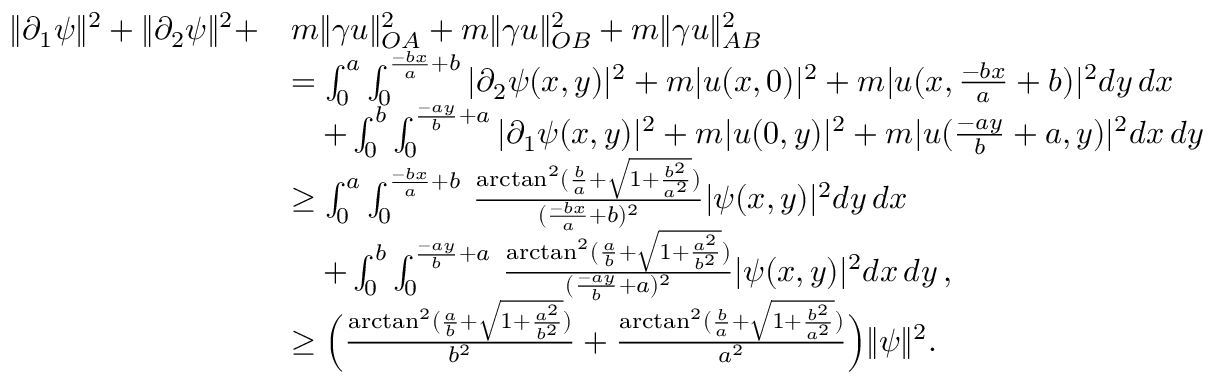
\begin{array} { r l } { \| \partial _ { 1 } \psi \| ^ { 2 } + \| \partial _ { 2 } \psi \| ^ { 2 } + } & { m \| \gamma u \| _ { O A } ^ { 2 } + m \| \gamma u \| _ { O B } ^ { 2 } + m \| \gamma u \| _ { A B } ^ { 2 } } \\ & { = \int _ { 0 } ^ { a } \int _ { 0 } ^ { \frac { - b x } { a } + b } | \partial _ { 2 } \psi ( x , y ) | ^ { 2 } + m | u ( x , 0 ) | ^ { 2 } + m | u ( x , \frac { - b x } { a } + b ) | ^ { 2 } d y \, d x } \\ & { \quad + \int _ { 0 } ^ { b } \int _ { 0 } ^ { \frac { - a y } { b } + a } | \partial _ { 1 } \psi ( x , y ) | ^ { 2 } + m | u ( 0 , y ) | ^ { 2 } + m | u ( \frac { - a y } { b } + a , y ) | ^ { 2 } d x \, d y } \\ & { \geq \int _ { 0 } ^ { a } \int _ { 0 } ^ { \frac { - b x } { a } + b } \, \frac { \arctan ^ { 2 } ( \frac { b } { a } + \sqrt { 1 + \frac { b ^ { 2 } } { a ^ { 2 } } } ) } { ( \frac { - b x } { a } + b ) ^ { 2 } } | \psi ( x , y ) | ^ { 2 } d y \, d x } \\ & { \quad + \int _ { 0 } ^ { b } \int _ { 0 } ^ { \frac { - a y } { b } + a } \, \frac { \arctan ^ { 2 } ( \frac { a } { b } + \sqrt { 1 + \frac { a ^ { 2 } } { b ^ { 2 } } } ) } { ( \frac { - a y } { b } + a ) ^ { 2 } } | \psi ( x , y ) | ^ { 2 } d x \, d y \, , } \\ & { \geq \Big ( \frac { \arctan ^ { 2 } ( \frac { a } { b } + \sqrt { 1 + \frac { a ^ { 2 } } { b ^ { 2 } } } ) } { b ^ { 2 } } + \frac { \arctan ^ { 2 } ( \frac { b } { a } + \sqrt { 1 + \frac { b ^ { 2 } } { a ^ { 2 } } } ) } { a ^ { 2 } } \Big ) \| \psi \| ^ { 2 } . } \end{array}